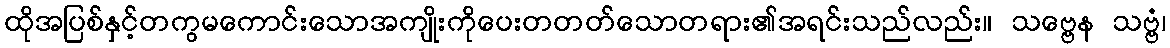
ထိုအပြစ်နှင့်တကွမကောင်းသောအကျိုးကိုပေးတတတ်သောတရား၏အရင်းသည်လည်း။ သဗ္ဗေန သဗ္ဗံ၊